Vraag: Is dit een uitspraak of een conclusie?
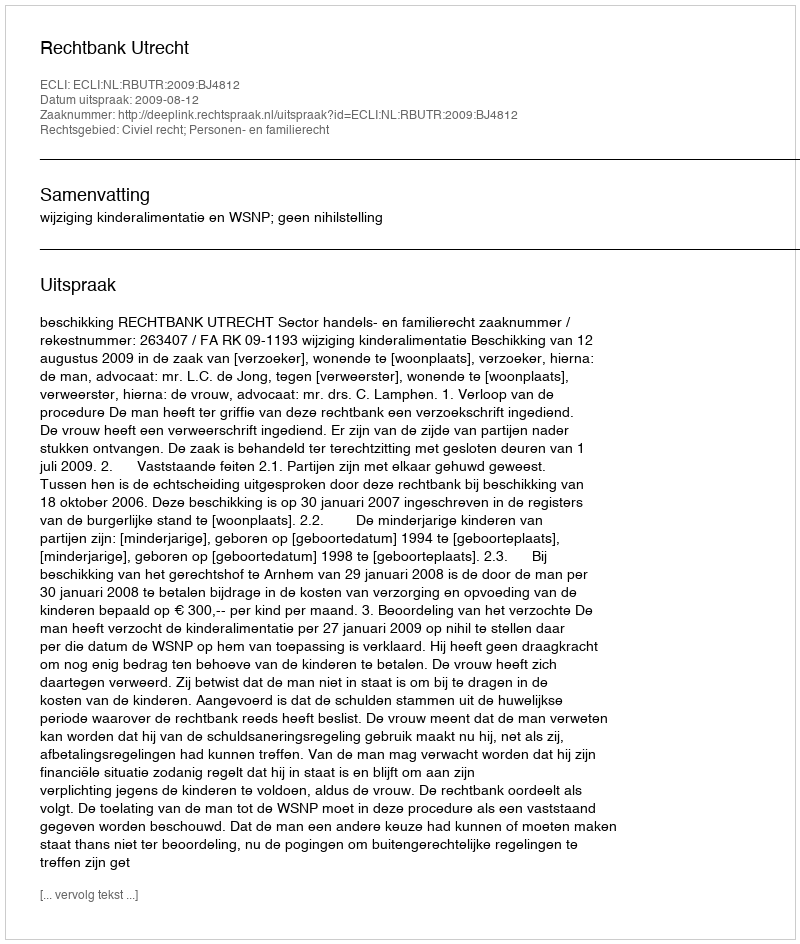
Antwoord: Uitspraak